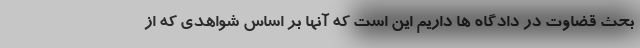
بحث قضاوت در دادگاه ها داریم این است که آنها بر اساس شواهدی که از